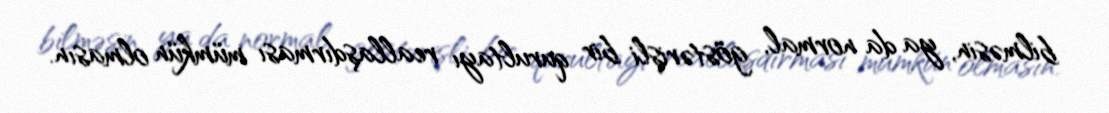
bilməsin, ya da normal, göstərişli bir qurultayı reallaşdırması mümkün olmasın.